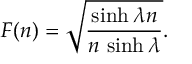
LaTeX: F ( n ) = \sqrt { \frac { \sinh \lambda n } { n \, \sinh \lambda } } .